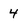
Character: 4